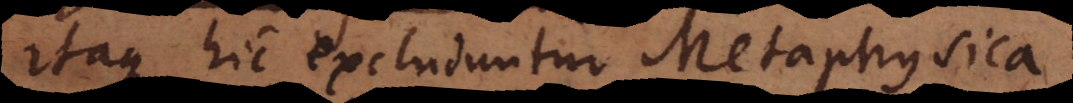
Itaque hic excluduntur Metaphysica